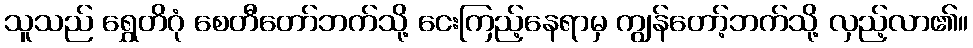
သူသည် ရွှေတိဂုံ စေတီတော်ဘက်သို့ ငေးကြည့်နေရာမှ ကျွန်တော့်ဘက်သို့ လှည့်လာ၏။